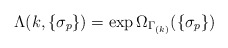
\begin{align*}\Lambda(k,\{\sigma_p\})=\exp\Omega_{\Gamma_{(k)}}(\{\sigma_p\})\end{align*}